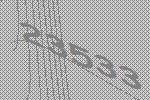
23533